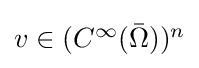
{\textstyle v\in (C^{\infty }({\bar {\Omega }}))^{n}}